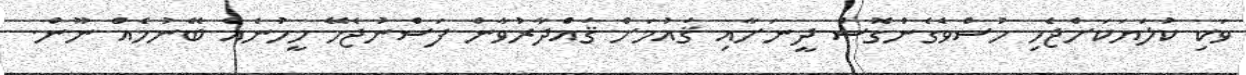
ވަކި ކުލަޔަކަށްޖެހި ހުސްވެގެންގޮސް ދީނަށާއި ޤައުމަށް ޤައްދާރުވާން ފަސްނުޖެހޭ މީހުނެއް ބޭނުމެއް ނޫން.